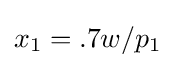
x_{1}=.7w/p_{1}